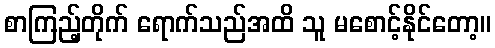
စာကြည့်တိုက် ရောက်သည်အထိ သူ မစောင့်နိုင်တော့။